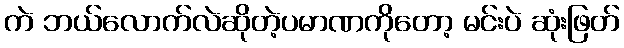
ကဲ ဘယ်လောက်လဲဆိုတဲ့ပမာဏကိုတော့ မင်းပဲ ဆုံးဖြတ်